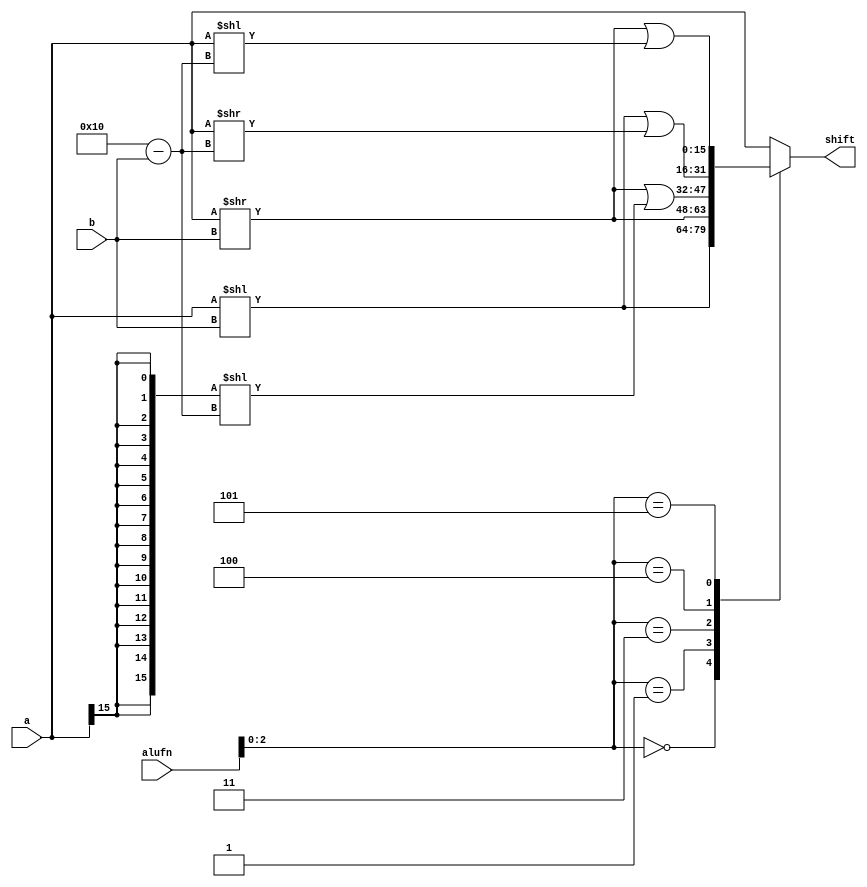
/*
   This file was generated automatically by the Mojo IDE version B1.3.6.
   Do not edit this file directly. Instead edit the original Lucid source.
   This is a temporary file and any changes made to it will be destroyed.
*/

module alu_shift16_10 (
    input [15:0] a,
    input [3:0] b,
    input [5:0] alufn,
    output reg [15:0] shift
  );
  
  
  
  always @* begin
    shift = a;
    
    case (alufn[0+2-:3])
      3'h0: begin
        shift = a << b[0+3-:4];
      end
      3'h1: begin
        shift = a >> b[0+3-:4];
      end
      3'h3: begin
        shift = (a >> b[0+3-:4] | {5'h10{a[15+0-:1]}} << 5'h10 - b[0+3-:4]);
      end
      3'h4: begin
        shift = (a << b[0+3-:4] | a >> 5'h10 - b[0+3-:4]);
      end
      3'h5: begin
        shift = (a >> b[0+3-:4] | a << 5'h10 - b[0+3-:4]);
      end
    endcase
  end
endmodule